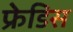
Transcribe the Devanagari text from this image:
फ्रेडिस